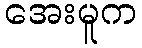
အေးမူက